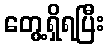
တွေ့ရှိရပြီး